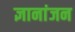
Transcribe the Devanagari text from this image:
ज्ञानांजन